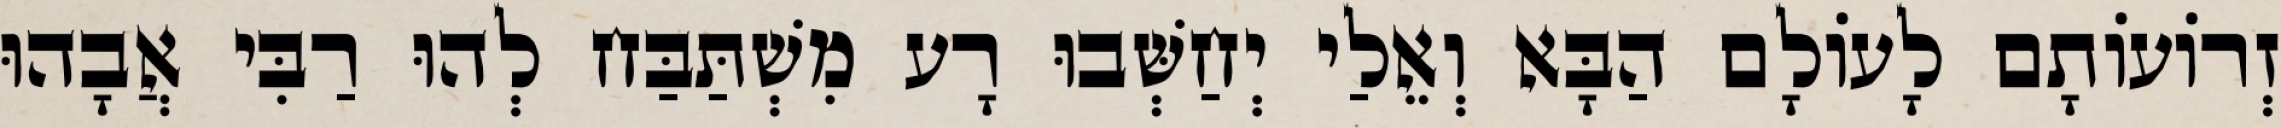
זְרוֹעוֹתָם לָעוֹלָם הַבָּא וְאֵלַי יְחַשְּׁבוּ רָע מִשְׁתַּבַּח לְהוּ רַבִּי אֲבָהוּ